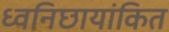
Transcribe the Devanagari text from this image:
ध्वनिछायांकित